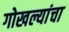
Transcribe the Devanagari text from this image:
गोखल्यांचा